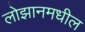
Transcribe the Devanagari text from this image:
लोझानमधील